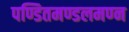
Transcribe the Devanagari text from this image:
पण्डितमण्डलमण्न